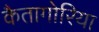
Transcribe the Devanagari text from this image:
कैतागोरिया